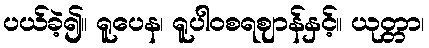
ပယ်ခဲ့၍။ ရူပေန၊ ရူပါဝစရဈာန်နှင့်။ ယုတ္တာ၊